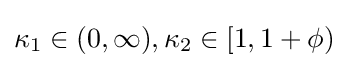
\kappa _{1}\in (0,\infty ),\kappa _{2}\in \left[1,1+\phi \right)